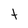
Character: t